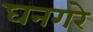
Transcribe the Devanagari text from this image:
घनगरे